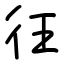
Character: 彺